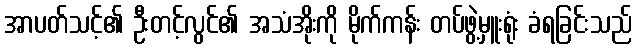
အာပတ်သင့်၏ ဦးတင့်လွင်၏ အသံအိုးကို မိုက်ကန်း တပ်ဖွဲ့မှူးရုံး ခံရခြင်းသည်